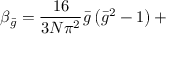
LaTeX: \beta _ { \bar { g } } = \frac { 1 6 } { 3 N \pi ^ { 2 } } \bar { g } \left( \bar { g } ^ { 2 } - 1 \right) +